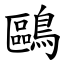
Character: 鷗